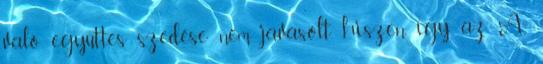
való együttes szedése nem javasolt, hiszen így az A-